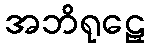
အဘိရုဠှေ